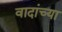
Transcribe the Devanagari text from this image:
वादांच्या